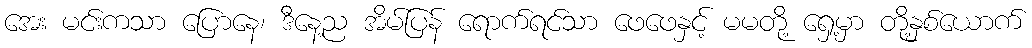
အေး မင်းကသာ ပြောနေ၊ ဒီနေ့ည အိမ်ပြန် ရောက်ရင်သာ ဖေဖေနှင့် မမတို့ ရှေ့မှာ တို့နှစ်ယောက်